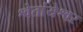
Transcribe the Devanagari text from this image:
श्वेतांयेश्वर